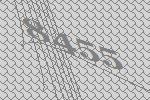
8455